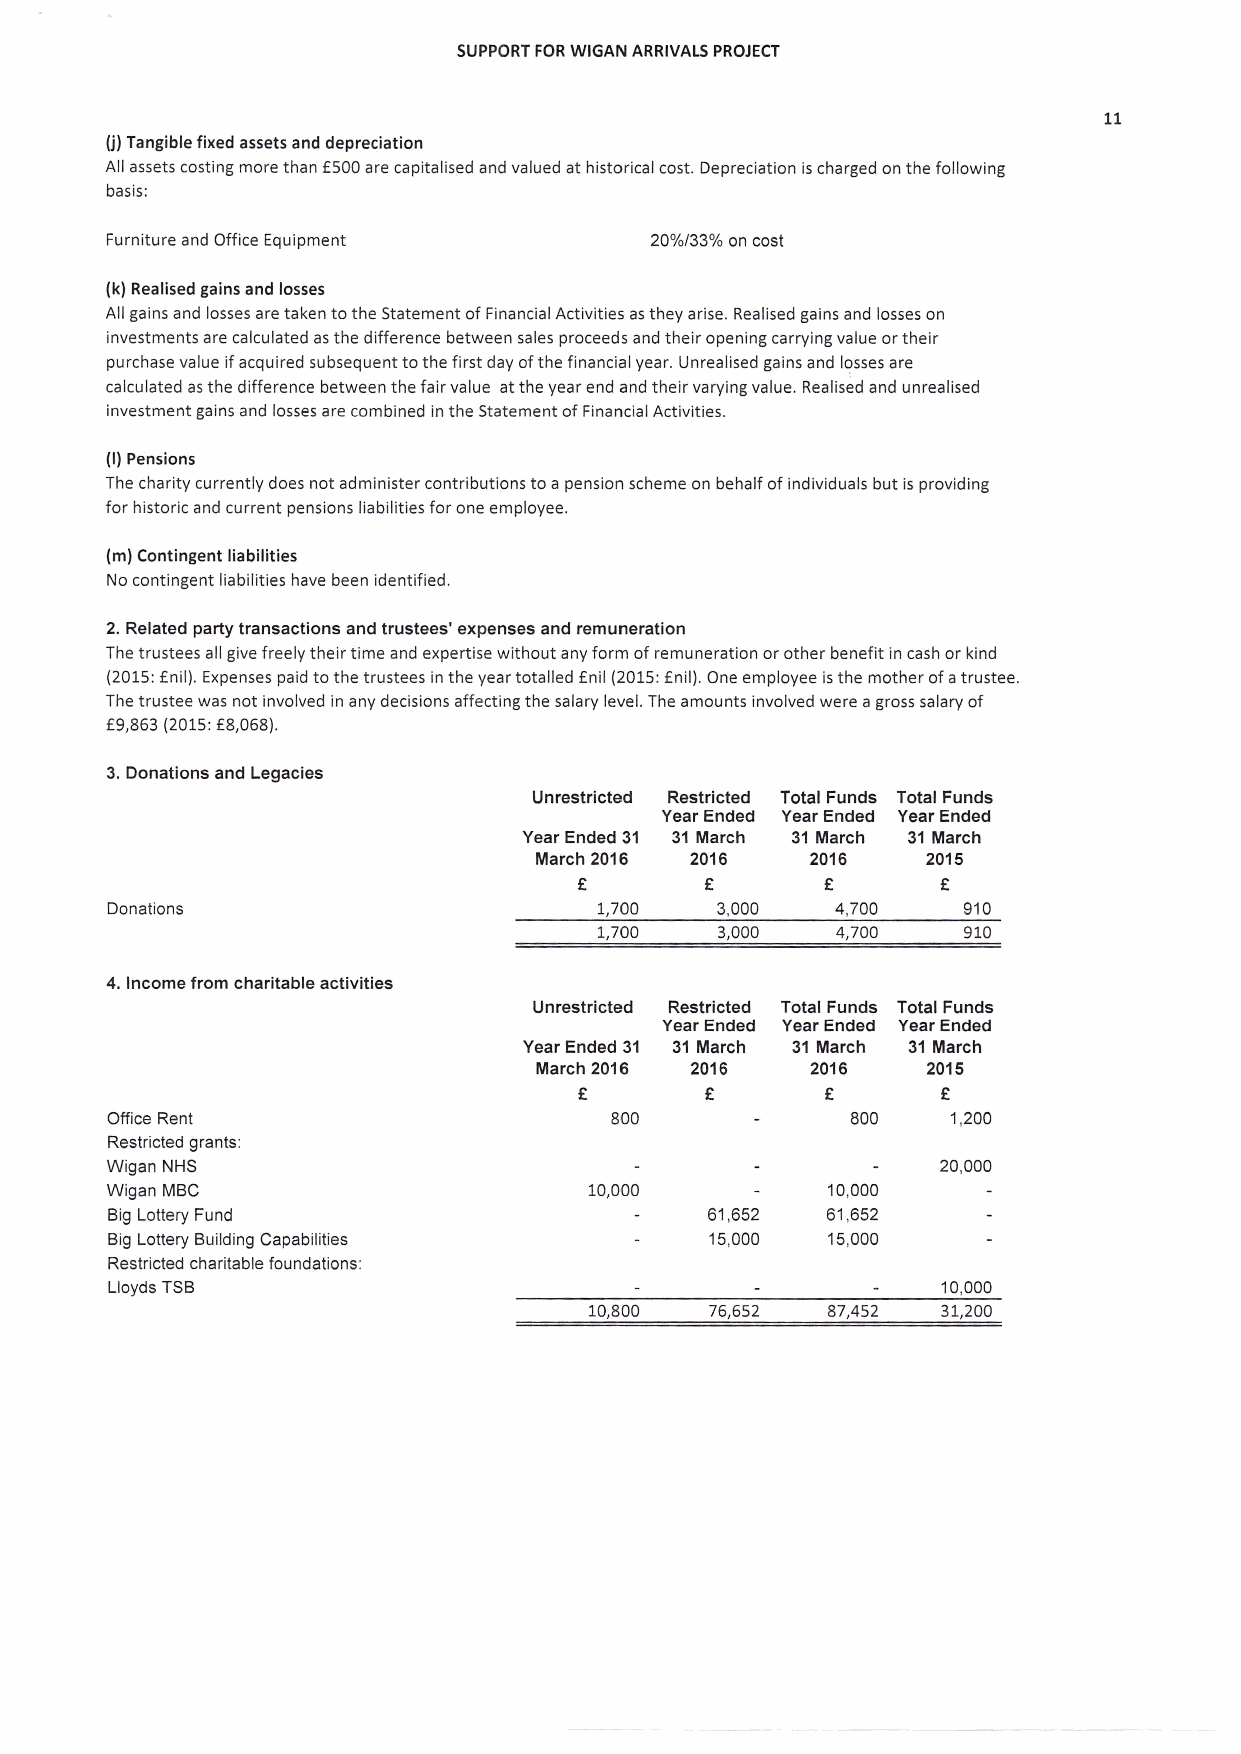
SUPPORT FOR WIGAN ARRIVALS PROJECT
 11
 (j) Tangible fixed assets and depreciation
 All assets costing more than f500 are capitalised and valued at historical cost. Depreciation is charged on the following
 basis:
 Furniture and Office Equipment      20o/ol33Yo on cost
 (k) Realised gains and losses
 All gains and losses are taken to the Statement of Financial Activities as they arise. Realised gains and losses on
 investments are calculated as the difference between sales proceeds and their opening carrying value or their
 purchase value if acquired subsequent to the first day of the financial year. Unrealised gains and losses are
 calculatedasthedifferencebetweenthefairvalue attheyearendandtheirvaryingvalue.Realisedandunrealised
 investment gains and losses are combined in the Statement of Financial Activities.
 (l) Pensions
 The charity currently does not administer contributions to a pension scheme on behalf of individuals but is providing
 for historic and current pensions liabilities for one employee.
 (m) Contingent liabilities
 No contingent liabilities have been identified.
 2. Related party transactions and trustees'expenses and remuneration
 The trustees all give freely their time and expertise without any form of remuneration or other benefit in cash or kind
 (2015: f nil), Expenses paid to the trustees in the year totalled f nil (2015: f nil). One employee is the mother of a trustee.
 The trustee was not involved in any decisions affecting the salary level. The amounts involved were a gross salary of
 f9,863 (2015: f8,068).
 3. Donations and Legacies
 Unrestricted Restricted Total Funds Total Funds
 Year Ended Year Ended Year Ended
 Year Ended 31 31 March 31 March 31 March
 March 2016 201 6  201 6  201 5
 f
 €        €       €
 Donations                        7,700  3,000   4,700    910
 7,700   3,000  4,700    910
 4. lncome from charitable activities
 Unrestricted Restricted Total Funds Total Funds
 Year Ended Year Ended Year Ended
 Year Ended 31 31 March 31 March 31 March
 March 2016 2016   20't 6 2015
 €                €      €
 Office Rent                       800            800    1,200
 Restricted grants:
 Wigan NHS                                              20,000
 Wigan MBC                       10,000          10,000
 Big Lottery Fund                        61,652  61,652
 Big Lottery Building Capabilities       15,000  15,000
 Restricted charitable foundations:
 Lloyds TSB                                             10,000
 10,800  76,6s2  87,452 3t,200